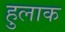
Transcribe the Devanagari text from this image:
हुलाक